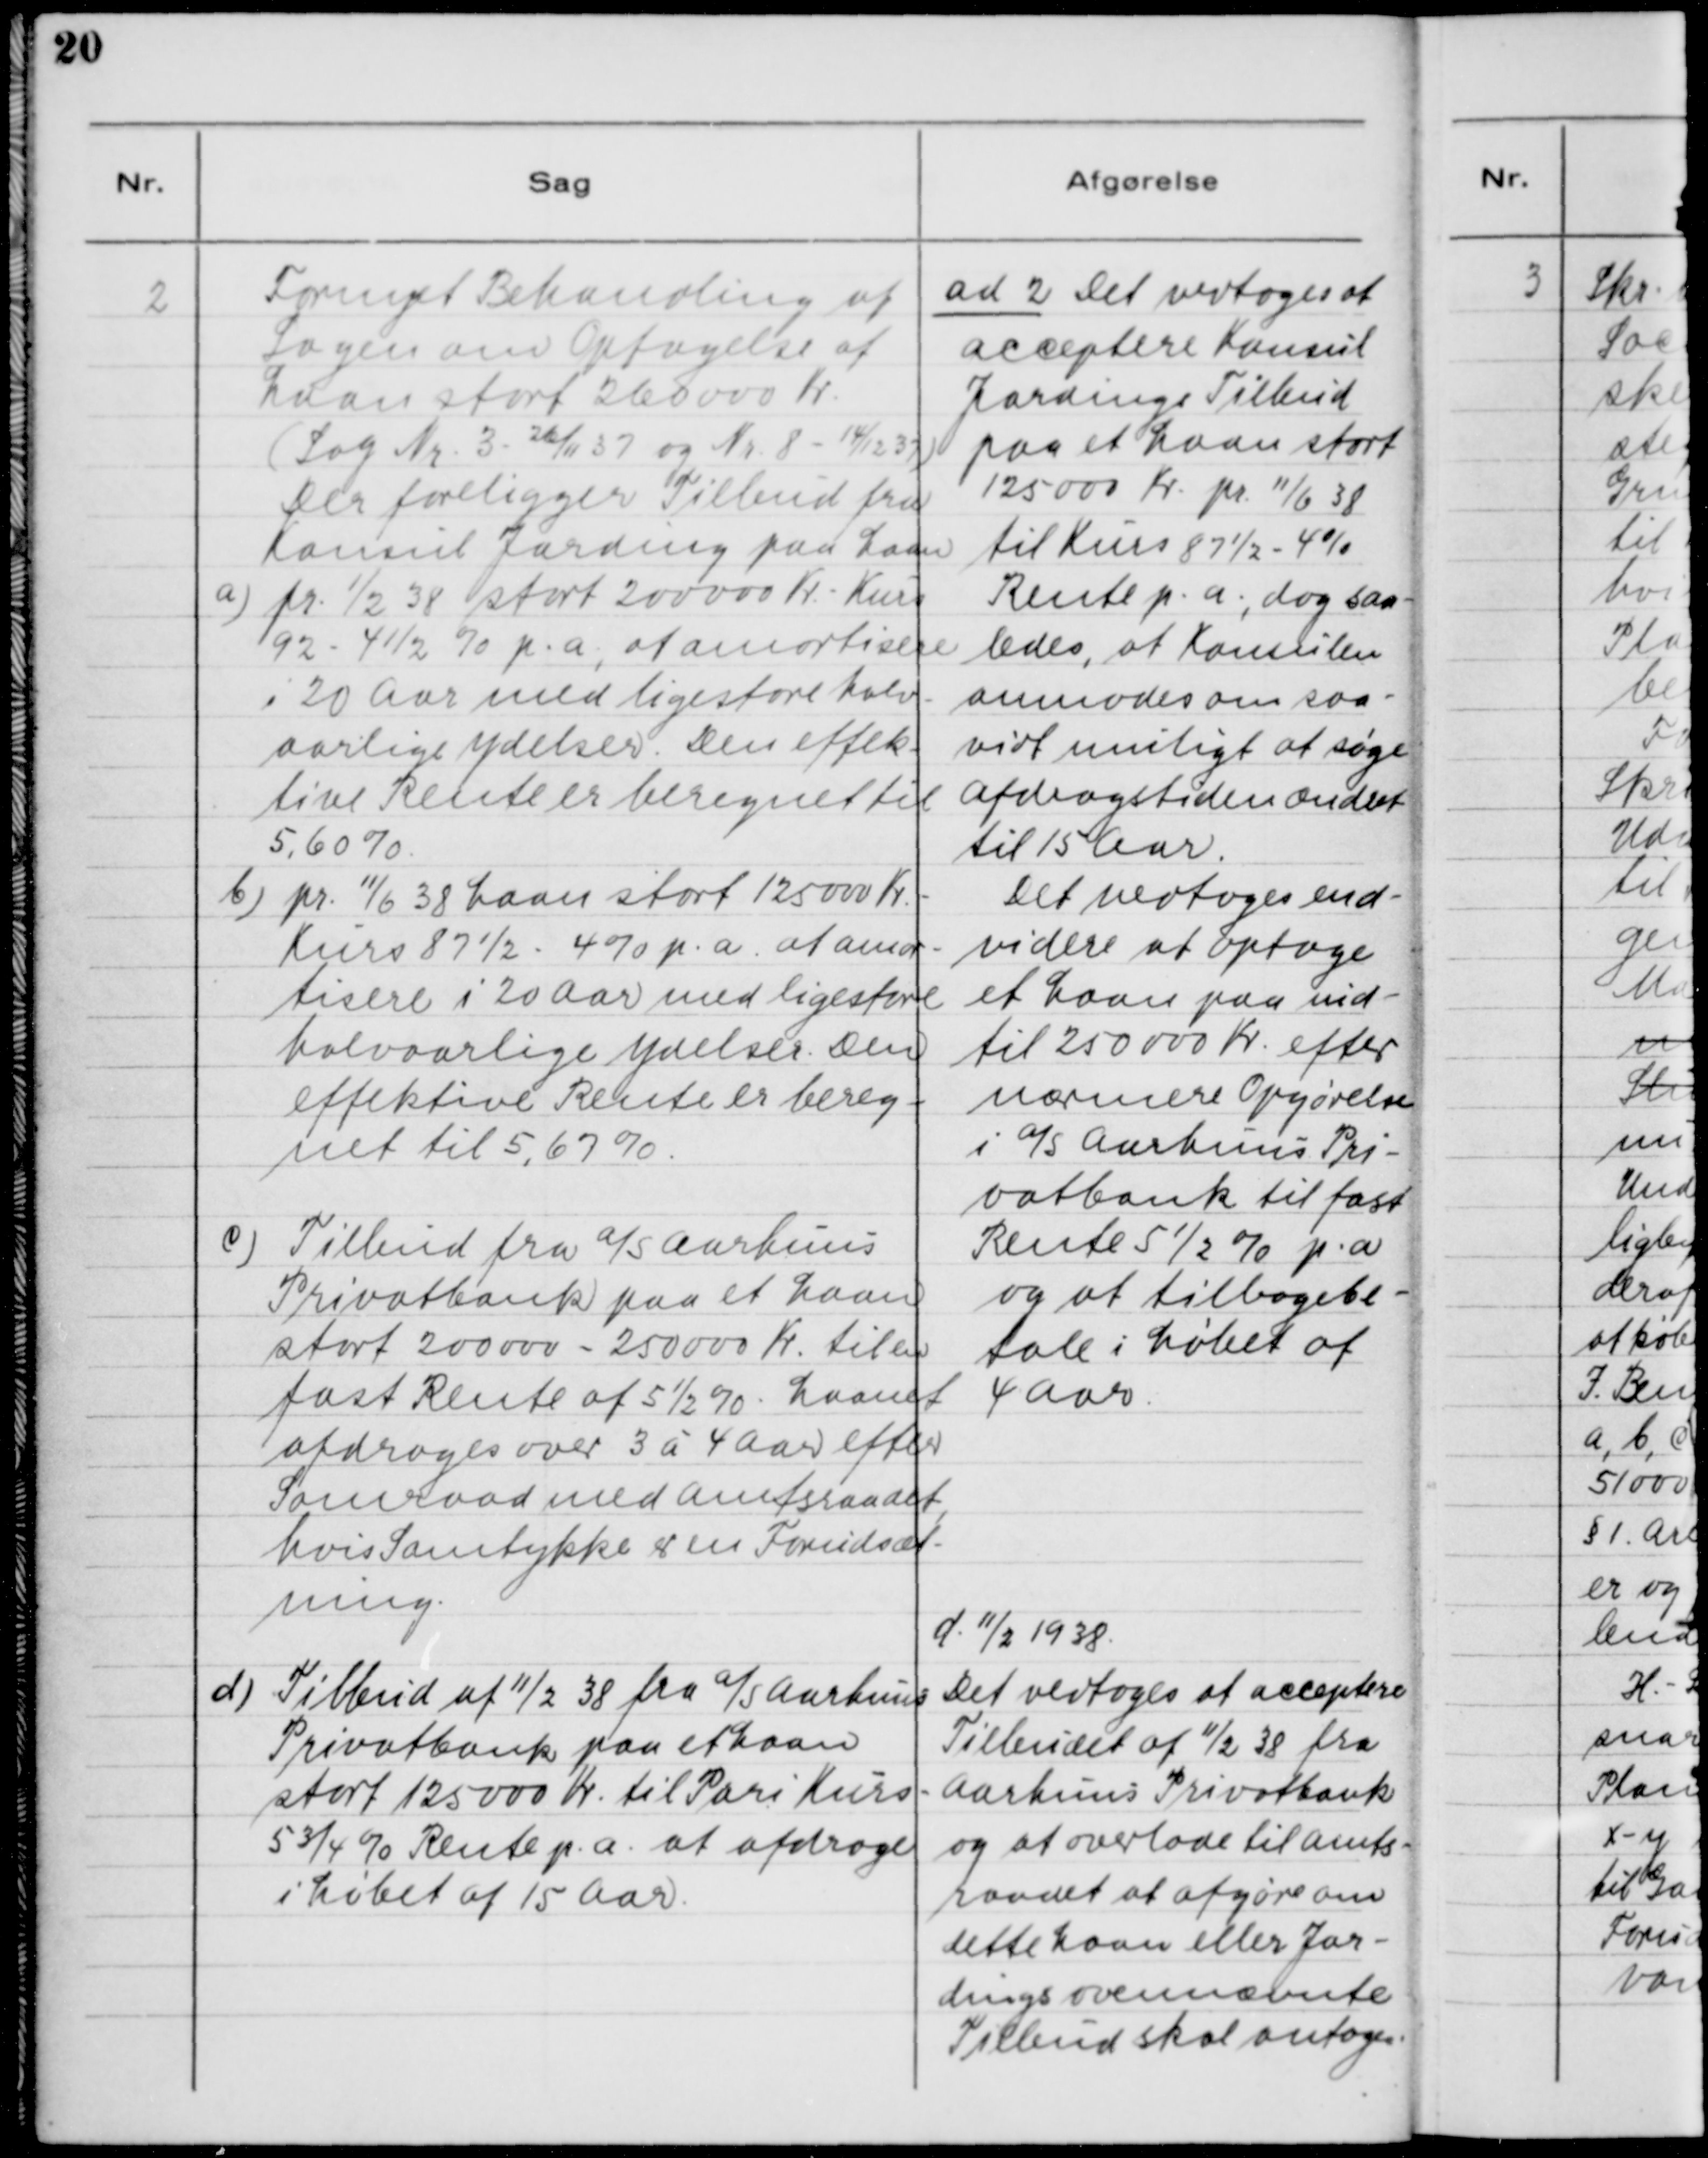
Transskription:
2. Fornyet Behandling af
Sagen om Optagelse af
Laan stort 260.000 Kr.
(Sag Nr. 3 26/8 37 og Nr. 8 - 14/12 37)
Der foreligger Tilbud fra
Konsul Jarding paa Laan
a) pr. 1/2 38 stort 200000 Kr. Kurs
92 - 4 1/2 % p.a. at amortisere
i 20 Aar med ligestore halv-
aarlige Ydelser. Den effek-
tive Rente er beregnet til
5,6 %.
b) pr. 11/6 38  Laan stort 125000 Kr.
Kurs 87 1/2 - 4% p.a. at amor-
tisere i 20 Aar med ligestore
halvaarlige Ydelser. Den
effektive Rente er bereg-
net til 5,67 %.
c) Tilbud fra A/S Aarhuus
Privatbank paa et Laan
stort 200.000 - 250.000 Kr. til en
fast Rente af 5 1/2 %. Laanet
afdrages over 3 á 4 Aar efter
Samraad med Amtsraadet,
hvis Samtykke er en Forudsæt-
ning.

ad 2. Det vedtoges at
acceptere Konsul
Jardings Tilbud
paa et Laan stort
125 000 Kr. pr. 11/6 38
til Kurs 87 1/2 - 4%
Rente p.a., dog saa-
ledes, at Konsulen
anmodes om saa-
vidt muligt at søge
Afdragstiden Ændret
til 15 Aar.
Det vedtoges end-
videre at Optage
et Laan paa ind-
til 250 000 Kr. efter
nærmere Opgørelse
i A/S Aarhuus Pri-
vatbank til fast
Rente 5 1/2 % p.a.
og at tilbagebe-
tale i Løbet af
4 Aar.

d) Tilbud af 11/2 38 fra A/S Aarhuus
Privatbank paa et Laan
stort 125 000 Kr. til Pari Kurs -
5 3/4 % Rente p.a. at afdrage
i Løbet af 15 Aar.

d. 11/2 1938
Det vedtoges at acceptere
Tilbudet af 11/2 38 fra
Aarhuus Privatbank
og at overlade til Amts-
raadet at afgøre om
dette Laan eller Jar-
dings ovennævnte
Tilbud skal antages.